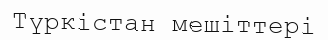
Түркістан мешіттері